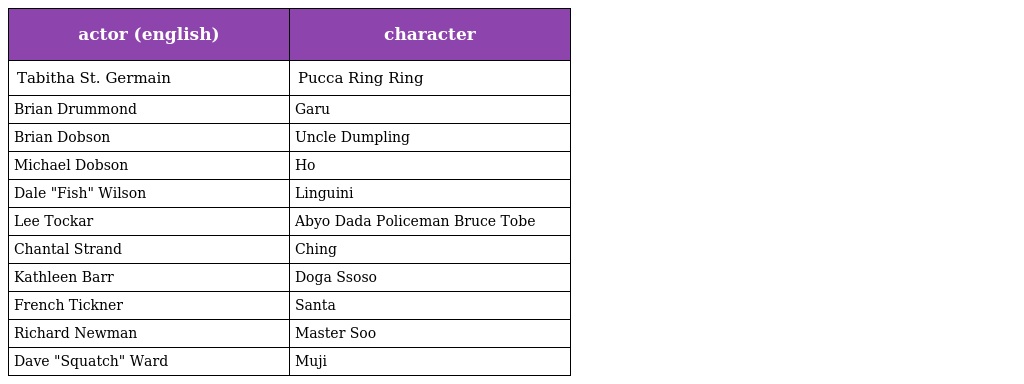
| actor (english) | character |
 | --- | --- |
 | Tabitha St. Germain | Pucca Ring Ring |
 | Brian Drummond | Garu |
 | Brian Dobson | Uncle Dumpling |
 | Michael Dobson | Ho |
 | Dale "Fish" Wilson | Linguini |
 | Lee Tockar | Abyo Dada Policeman Bruce Tobe |
 | Chantal Strand | Ching |
 | Kathleen Barr | Doga Ssoso |
 | French Tickner | Santa |
 | Richard Newman | Master Soo |
 | Dave "Squatch" Ward | Muji |